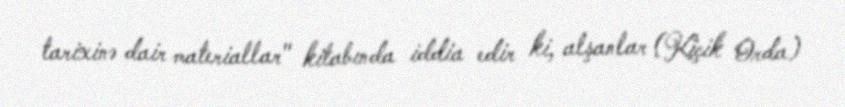
tarixinə dair materiallar" kitabında iddia edir ki, alşanlar (Kiçik Orda)